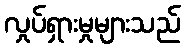
လှုပ်ရှားမှုများသည်